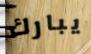
يبارك